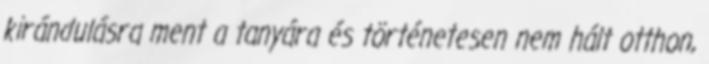
kirándulásra ment a tanyára és történetesen nem hált otthon,